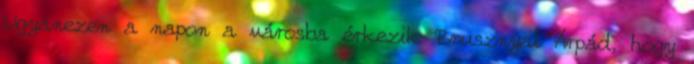
Ugyanezen a napon a városba érkezik Brusznyai Árpád, hogy